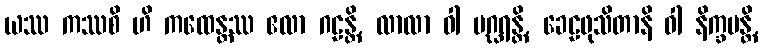
ယဿ ကဿစိ ဟိ ကထေန္တဿ ဧလာ ဂဠန္တိ, လာလာ ဝါ ပဂ္ဃရန္တိ, ခေဠဖုသိတာနိ ဝါ နိက္ခမန္တိ,